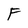
Character: F